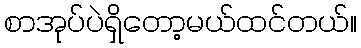
စာအုပ်ပဲရှိတော့မယ်ထင်တယ်။